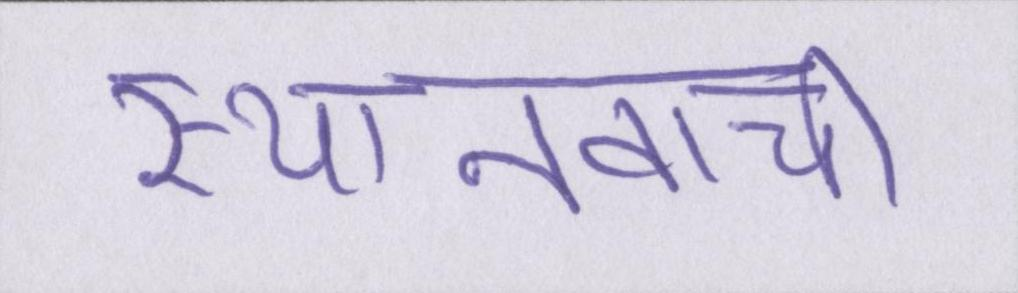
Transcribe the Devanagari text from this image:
स्थानवाची